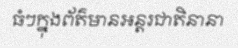
ធំៗក្នុងព័ត៌មានអន្តរជាតិនានា